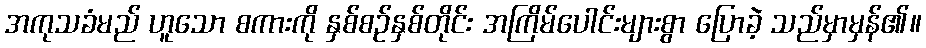
အကုသခံမည် ဟူသော စကားကို နှစ်စဉ်နှစ်တိုင်း အကြိမ်ပေါင်းများစွာ ပြောခဲ့ သည်မှာမှန်၏။